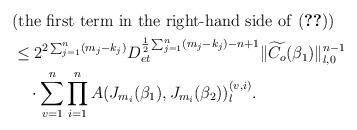
LaTeX: \begin{align*}&(\text{the first term in the right-hand side of \eqref{eq_tree_fixed_difference_decomposed}})\\&\le 2^{2\sum_{j=1}^n(m_j-k_j)}D_{et}^{\frac{1}{2}\sum_{j=1}^n(m_j-k_j)-n+1}\|\widetilde{C_o}(\beta_1)\|_{l,0}^{n-1}\\&\quad\cdot\sum_{v=1}^n\prod_{i=1}^nA(J_{m_i}(\beta_1),J_{m_i}(\beta_2))_l^{(v,i)}.\end{align*}